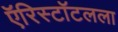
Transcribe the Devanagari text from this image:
ऍरिस्टॉटलला